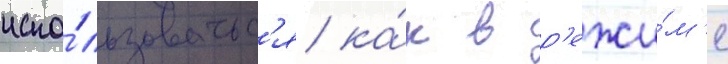
испо́льзоватьс'я ка́к в р'ежи́м'е